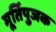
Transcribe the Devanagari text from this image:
मूर्तिपुजक